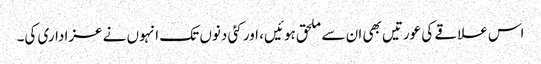
اس علاقے کی عورتیں بھی ان سے ملحق ہوئیں، اور کئی دنوں تک انہوں نے عزاداری کی۔